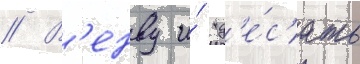
// В'енву и́ "д'е́с'ять